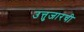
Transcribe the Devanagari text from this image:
उत्तुजारची